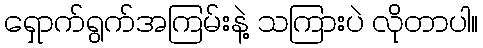
ရှောက်ရွက်အကြမ်းနဲ့ သကြားပဲ လိုတာပါ။